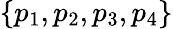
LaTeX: \{ p_{1},p_{2},p_{3},p_{4}\}